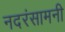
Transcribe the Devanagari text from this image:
नदरंसामनी